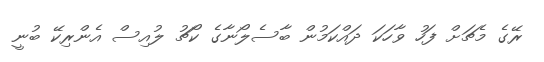
ރޭގެ މެޗަށް ފަހު ވާހަކަ ދައްކަމުން ބާސެލޯނާގެ ކޯޗު ލުއިސް އެންރިކޭ ބުނީ